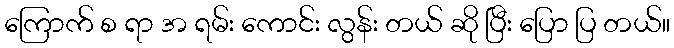
ကြောက် စ ရာ အ ရမ်း ကောင်း လွန်း တယ် ဆို ပြီး ပြော ပြ တယ်။